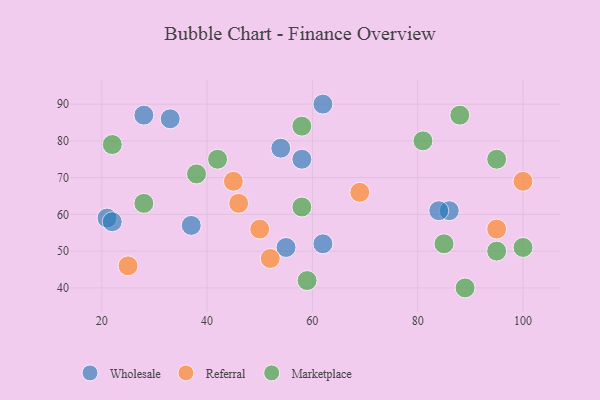
{"axis": {"x": "GDP", "y": "Life Expectancy"}, "legend": ["Marketplace", "Referral", "Wholesale"], "data": [{"x": "21", "y": 59, "type": "Wholesale"}, {"x": "54", "y": 78, "type": "Wholesale"}, {"x": "55", "y": 51, "type": "Wholesale"}, {"x": "86", "y": 61, "type": "Wholesale"}, {"x": "33", "y": 86, "type": "Wholesale"}, {"x": "37", "y": 57, "type": "Wholesale"}, {"x": "28", "y": 87, "type": "Wholesale"}, {"x": "84", "y": 61, "type": "Wholesale"}, {"x": "62", "y": 52, "type": "Wholesale"}, {"x": "58", "y": 75, "type": "Wholesale"}, {"x": "22", "y": 58, "type": "Wholesale"}, {"x": "62", "y": 90, "type": "Wholesale"}, {"x": "50", "y": 56, "type": "Referral"}, {"x": "95", "y": 56, "type": "Referral"}, {"x": "25", "y": 46, "type": "Referral"}, {"x": "46", "y": 63, "type": "Referral"}, {"x": "100", "y": 69, "type": "Referral"}, {"x": "45", "y": 69, "type": "Referral"}, {"x": "69", "y": 66, "type": "Referral"}, {"x": "52", "y": 48, "type": "Referral"}, {"x": "28", "y": 63, "type": "Marketplace"}, {"x": "85", "y": 52, "type": "Marketplace"}, {"x": "81", "y": 80, "type": "Marketplace"}, {"x": "42", "y": 75, "type": "Marketplace"}, {"x": "95", "y": 75, "type": "Marketplace"}, {"x": "88", "y": 87, "type": "Marketplace"}, {"x": "59", "y": 42, "type": "Marketplace"}, {"x": "38", "y": 71, "type": "Marketplace"}, {"x": "95", "y": 50, "type": "Marketplace"}, {"x": "89", "y": 40, "type": "Marketplace"}, {"x": "58", "y": 84, "type": "Marketplace"}, {"x": "22", "y": 79, "type": "Marketplace"}, {"x": "58", "y": 62, "type": "Marketplace"}, {"x": "100", "y": 51, "type": "Marketplace"}]}